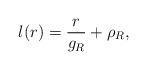
LaTeX: \begin{align*}l(r)=\frac{r}{g_{R}}+\rho_{R},\end{align*}